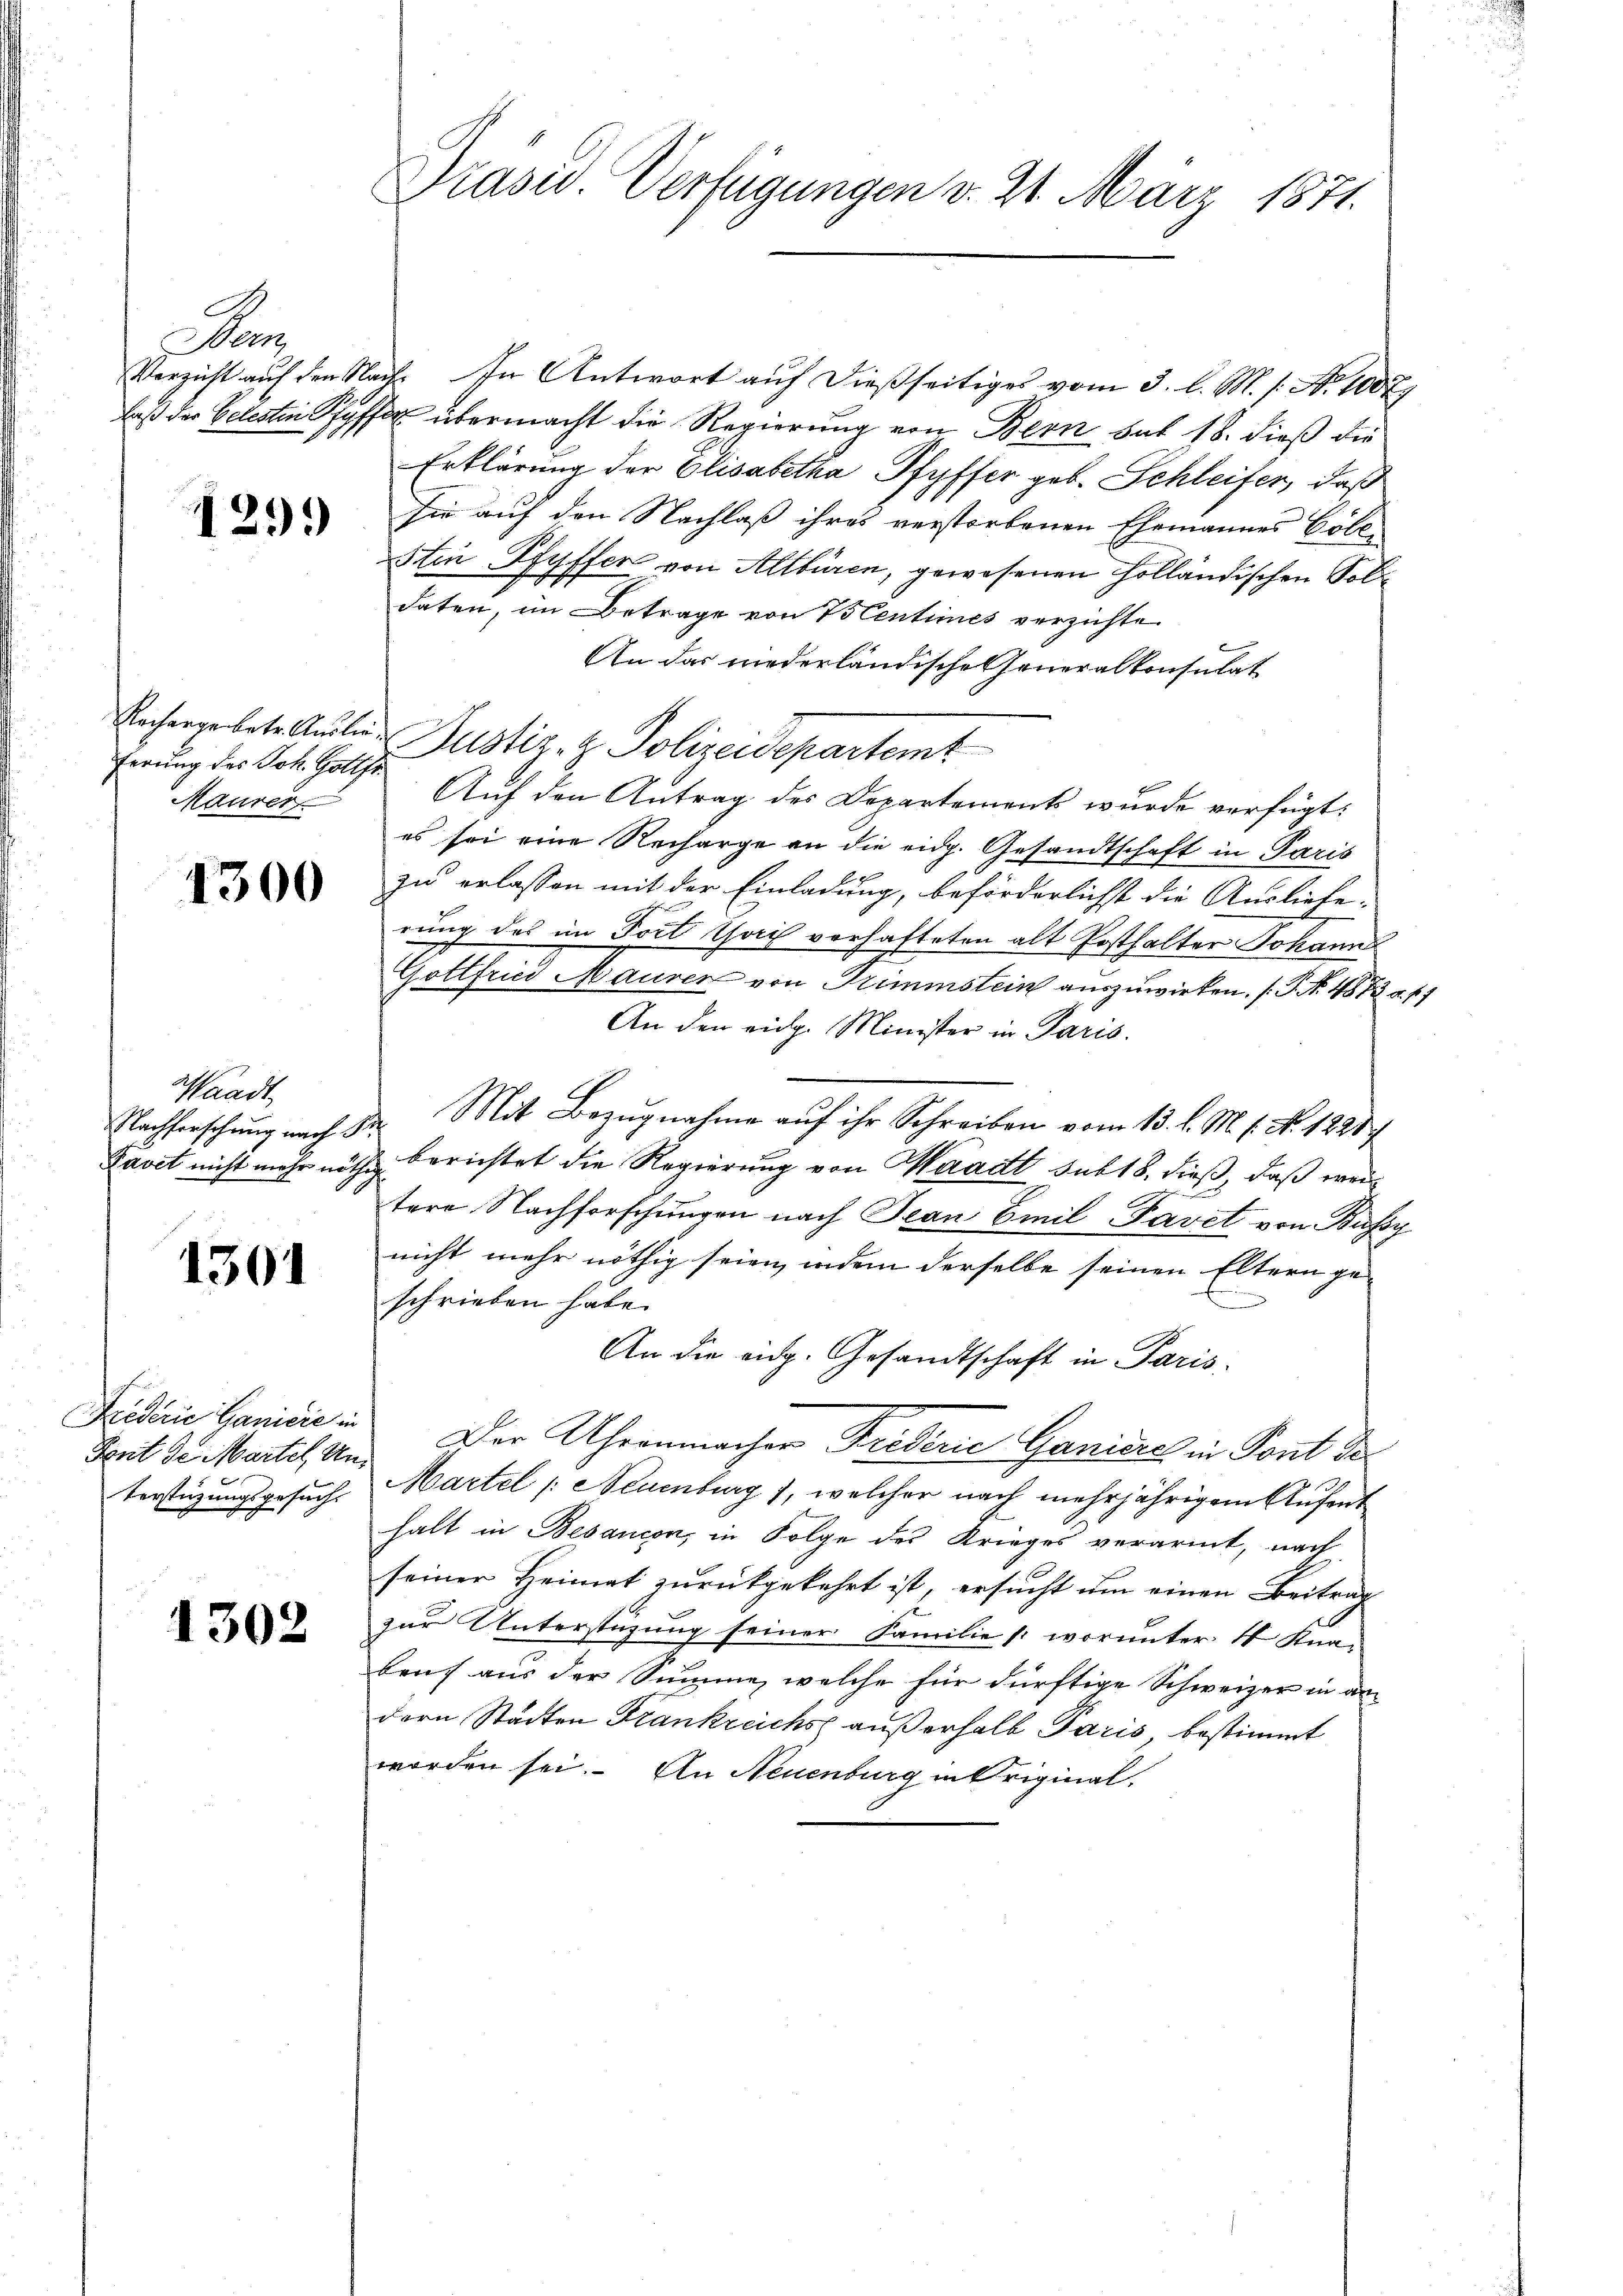
D

129.)

ferung des Joh. Gottfr
Maurer

1300

Waadt,

1301

Sont de Martel Un¬

1302

Präsid. Verfügungen v. 21. März 1871.

Verzicht auf den Nach. In Antwort auf dießseitiges vom 3. l. M. s. No 1007
laß der Celesten Pfyffel übermacht die Regierung von Bern hat 18. dieß die
Erklärung der Elisabetha Pfyffer geb. Schleifer, daß
sie auf den Nachlaß ihres verstorbenen Ehemannes Coll
Stin Pfyffer von Altbüren, gewesenen Holländischen Soldaten, im Betrage von Centimes verzichte.
An das niederländische Generalkonsulat
Rachergebete Auslie Justiz- & Polizeidepartemt
Auf den Antrag des Departements wurde verfügt:
es sei eine Recharge an die eidg. Gesandtschaft in Paris
zu erlassen mit der Einladung, beförderlichst die Ausliefe:
rung des im Frit Thail verhafteten alt Posthalter Johann
Gottfried Maurer von Trimmstein auszuwirken. (T. No. 4873 u. 41
An den eidg. Minister in Paris.
Nachforschung nach Dr. Mit Bezŭgnahme auf ihr Schreiben vom 13. l. M. 1. No. 1828
Pavet nicht mehr nöthe Berichtet die Regierung von Waadt sub 18. dieß, daß weitere Nachforschungen nach Jean Emil-Pavet von Bussy
nicht mehr nöthig seien, indem derselbe seinen Eltern geschrieben habe.
An die eidg. Gesandtschaft in Paris.
Fiederie Lanicie . Der Uhrenmacher Friderie Ganidich in Pont de
terstüzungsgesŭche Martel /: Neuenburg), welcher nach mehrjährigem Aŭfent
halt in Besançon, in Folge des Krieges verarmt, nach
seiner Heimat zurückgekehrt ist, ersucht um einen Beitrag
zur Unterstüzung seiner Familie (worunter 4 Knabeut aus der Summe, welche für dürftige Schweizer in an
dern Städten Frankreichs außerhalb Paris, bestimmt
worden sei. An Neuenburg in Original-